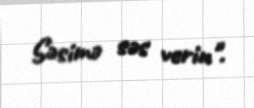
Səsimə səs verin".